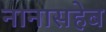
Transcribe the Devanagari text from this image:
नानासहेब